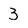
Character: 3